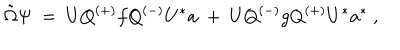
{ \tilde { \Omega } } \Psi \ = \ U Q ^ { ( + ) } f Q ^ { ( - ) } U ^ { * } a \ + \ U Q ^ { ( - ) } g Q ^ { ( + ) } U ^ { * } a ^ { * } \ ,